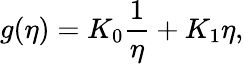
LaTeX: g(\eta)=K_{0}\frac{1}{\eta}+K_{1}\eta,